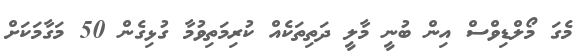
މެގަ މޯލްޑިވްސް އިން ބުނީ މާލީ ދަތިތަކެއް ކުރިމަތިވުމާ ގުޅިގެން 50 މަގާމަކަށް